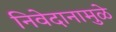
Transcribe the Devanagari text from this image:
निवेदानामुळे